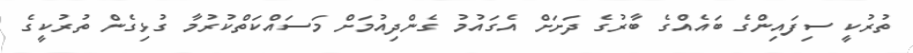
ތުރުކީ ސިފައިންގެ ބައެއްގެ ބާރުގެ ދަށަށް އެގައުމު ގެންދިއުމަށް މަސައްކަތްކުރުމާ ގުޅިގެން ތުރުކީގެ